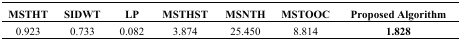
| MSTHT | SIDWT | LP | MSTHST | MSNTH | MSTOOC | Proposed Algorithm |
 | --- | --- | --- | --- | --- | --- | --- |
 | 0.923 | 0.733 | 0.082 | 3.874 | 25.450 | 8.814 | 1.828 |